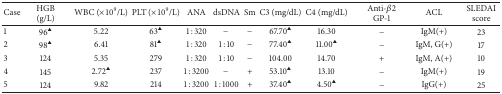
<table><thead><tr><td><b>Case</b></td><td><b>HGB (g/L)</b></td><td><b>WBC (×10<sup>9</sup>/L)</b></td><td><b>PLT (×10<sup>9</sup>/L)</b></td><td><b>ANA</b></td><td><b>dsDNA</b></td><td><b>Sm</b></td><td><b>C3 (mg/dL)</b></td><td><b>C4 (mg/dL)</b></td><td><b>Anti-<i>β</i>2GP-1</b></td><td><b>ACL</b></td><td><b>SLEDAI score</b></td></tr></thead><tbody><tr><td>1</td><td> 96<sup>▲</sup></td><td>5.22</td><td> 63<sup>▲</sup></td><td>1 : 320</td><td>−</td><td>−</td><td>67.70<sup>▲</sup></td><td>16.30</td><td>−</td><td>IgM(+)</td><td>23</td></tr><tr><td>2</td><td> 98<sup>▲</sup></td><td>6.41</td><td> 81<sup>▲</sup></td><td>1 : 320</td><td>1 : 10</td><td>−</td><td>77.40<sup>▲</sup></td><td> 11.00<sup>▲</sup></td><td>−</td><td>IgM, G(+)</td><td>17</td></tr><tr><td>3</td><td>124</td><td>5.35</td><td>279</td><td>1 : 320</td><td>1 : 10</td><td>−</td><td>104.00</td><td>14.70</td><td>+</td><td>IgM, A(+)</td><td>10</td></tr><tr><td>4</td><td>145</td><td> 2.72<sup>▲</sup></td><td>237</td><td>1 : 3200</td><td>−</td><td>+</td><td>53.10<sup>▲</sup></td><td>13.10</td><td>−</td><td>IgM(+)</td><td>19</td></tr><tr><td>5</td><td>124</td><td>9.82</td><td>214</td><td>1 : 3200</td><td>1 : 1000</td><td>+</td><td>37.40<sup>▲</sup></td><td>4.50<sup>▲</sup></td><td>−</td><td>IgG(+)</td><td>25</td></tr></tbody></table>